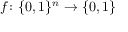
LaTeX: f \colon \{ 0 , 1 \} ^ { n } \rightarrow \{ 0 , 1 \}